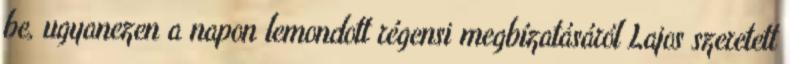
be, ugyanezen a napon lemondott régensi megbízatásáról Lajos szeretett